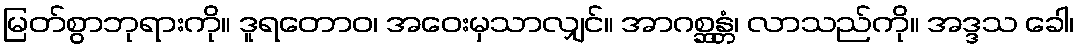
မြတ်စွာဘုရားကို။ ဒူရတောဝ၊ အဝေးမှသာလျှင်။ အာဂစ္ဆန္တံ၊ လာသည်ကို။ အဒ္ဒသ ခေါ၊